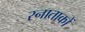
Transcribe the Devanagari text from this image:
स्नाताकों